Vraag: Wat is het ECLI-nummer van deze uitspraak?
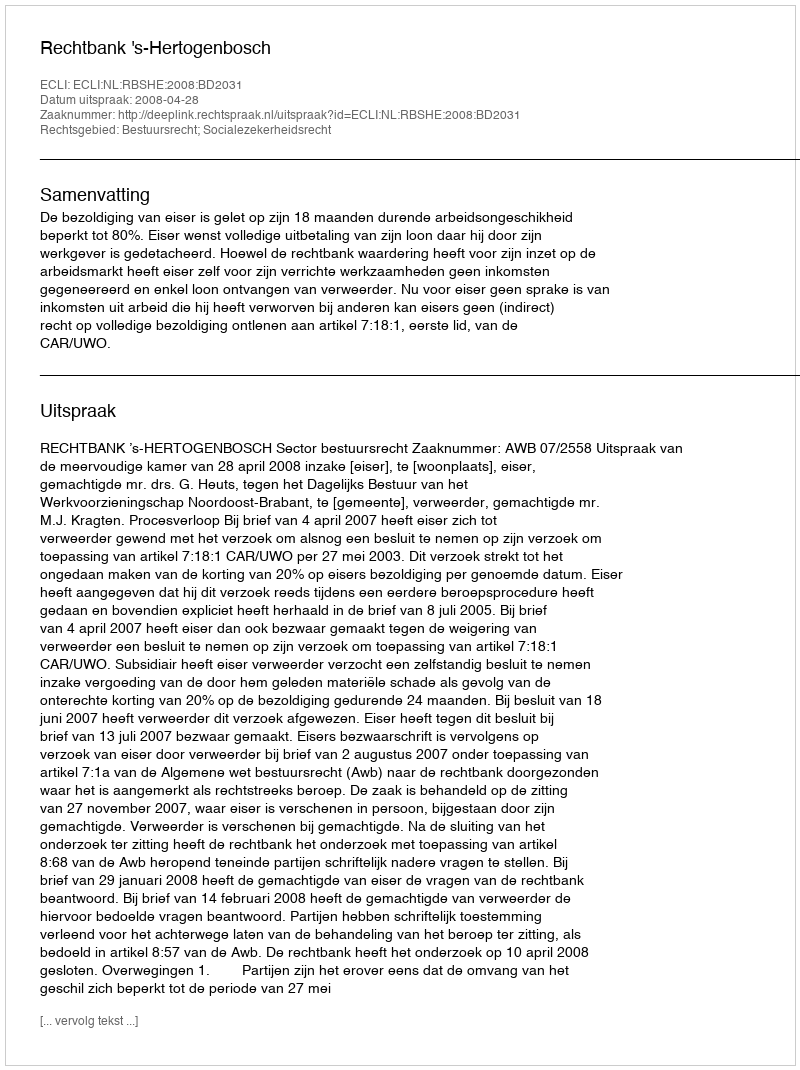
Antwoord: ECLI:NL:RBSHE:2008:BD2031